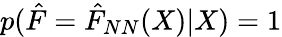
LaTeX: p(\hat{F}=\hat{F}_{NN}(X)|X)=1